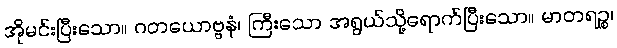
အိုမင်းပြီးသော။ ဂတယောဗ္ဗနံ၊ ကြီးသော အရွယ်သို့ရောက်ပြီးသော။ မာတရဉ္စ၊